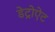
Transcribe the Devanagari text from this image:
डेट्रोऐट